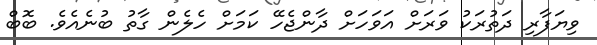
ވިޔަފާރި ދަތުރަކު ވަރަށް އަވަހަށް ދާންޖެހޭ ކަމަށް ހެލެން ގާތު ބުނެއެވެ. ބޮބް